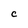
Character: C